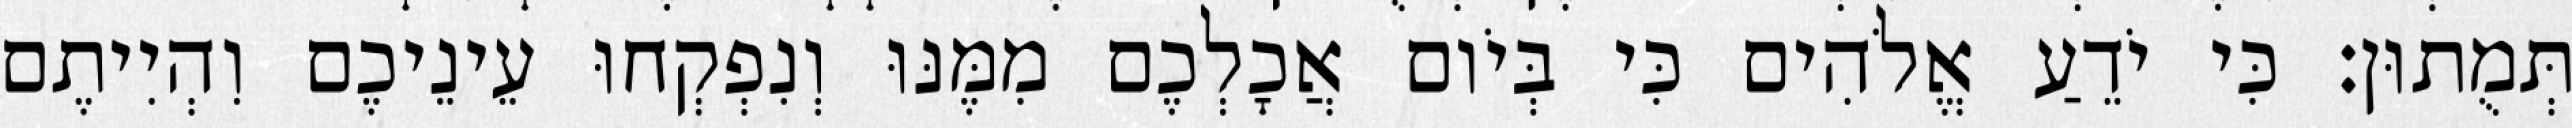
תְּמֻתוּן׃ כִּי יֹדֵעַ אֱלֹהִים כִּי בְּיֹום אֲכָלְכֶם מִמֶּנּוּ וְנִפְקְחוּ עֵינֵיכֶם וִהְיִיתֶם